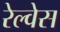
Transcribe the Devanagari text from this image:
रेल्वेस